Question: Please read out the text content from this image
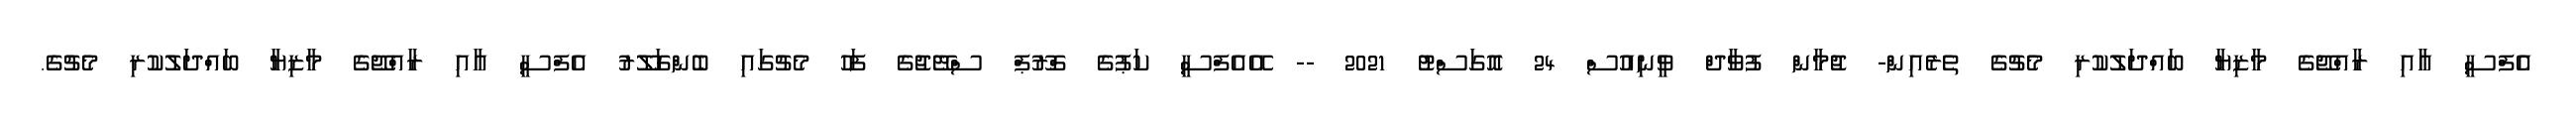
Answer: އެފްސީ އާއި ރާއްޖޭގެ މާޒިޔާ ބައްދަލުކުރި މެޗުގެ ތެރެއިން- ޖުމާން ފުވާދް ވީނިއުސް 24 އޮގަސްޓު 2021 -- އޭއެފްސީ ކަޕުގެ ގްރޫޕް ސްޓޭޖުގެ ފަހު މެޗުގައި ބެންގަލޫރު އެފްސީ އާއި ރާއްޖޭގެ މާޒިޔާ ބައްދަލުކުރި މެޗުގެ.